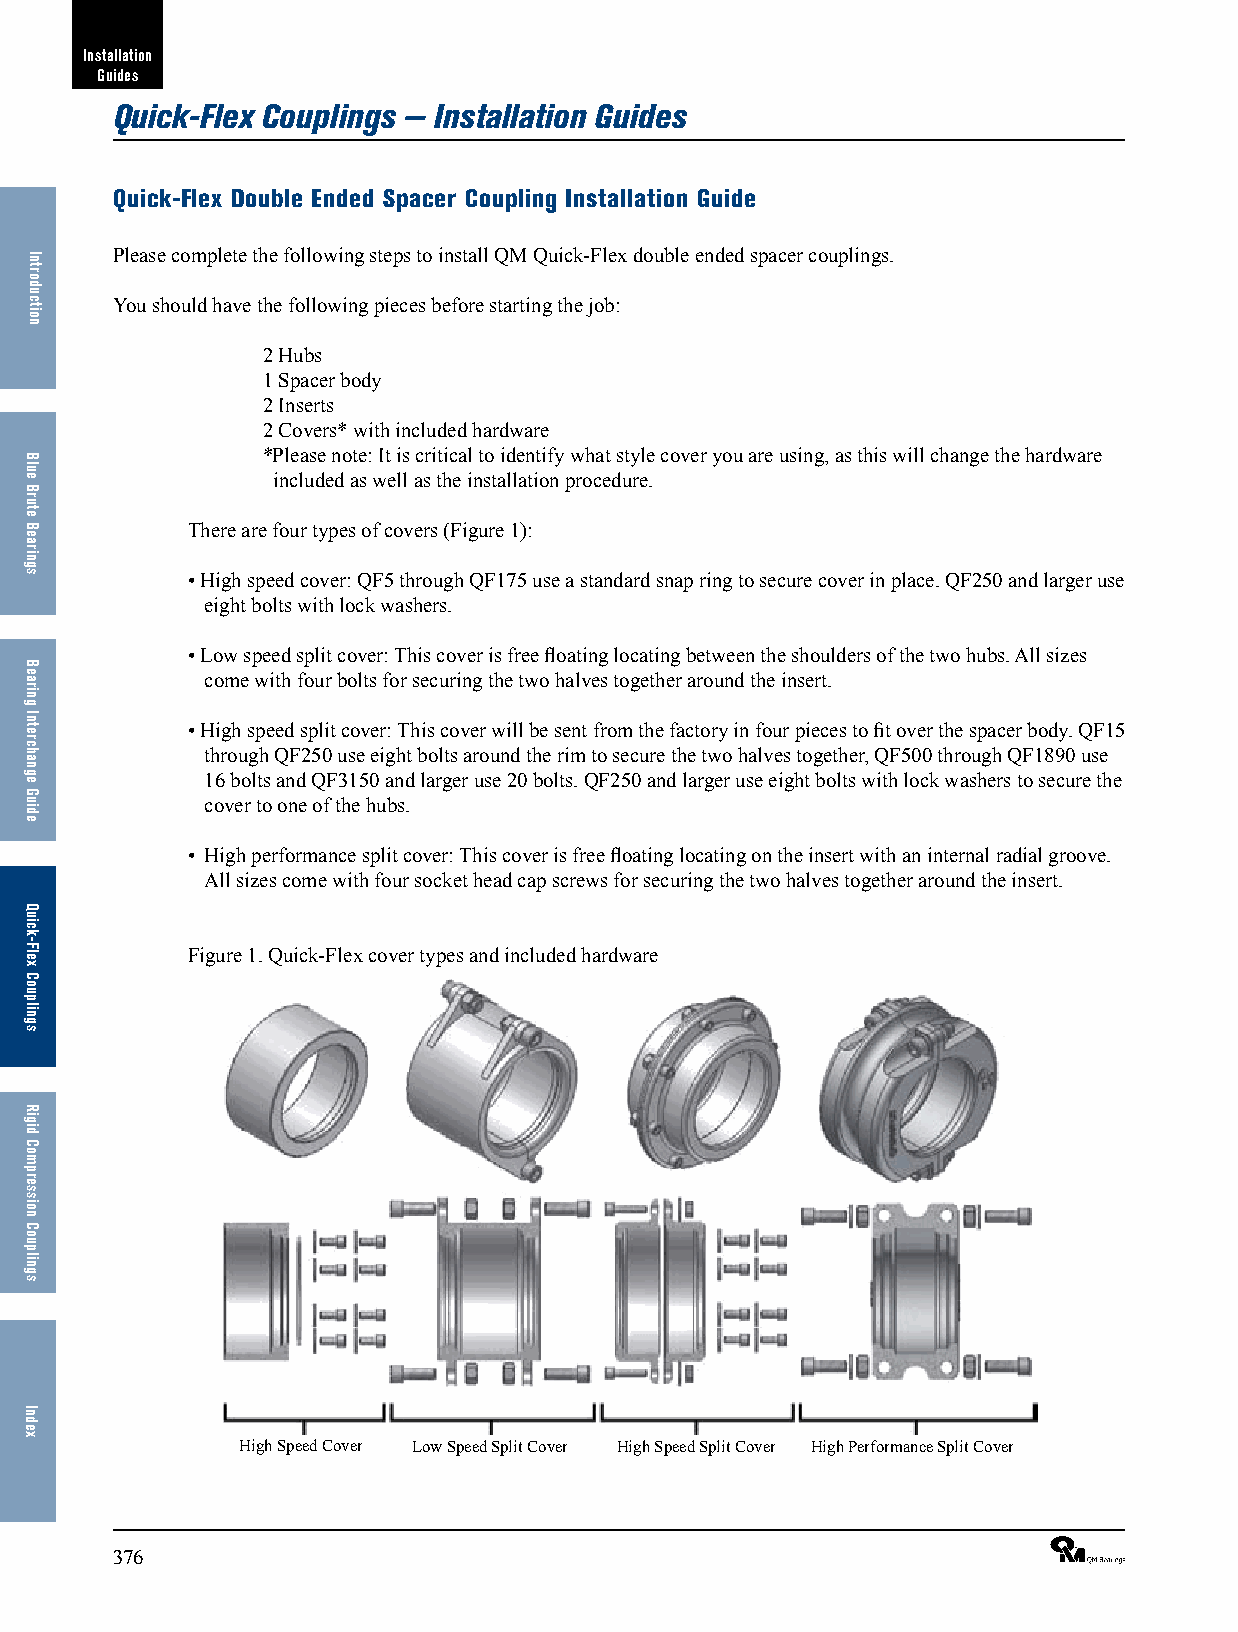
Installation
 Guides
 Quick-Flex Couplings — Installation Guides
 Quick-Flex Double Ended Spacer Coupling Installation Guide
 Please complete the following steps to install QM Quick-Flex double ended spacer couplings.
 You should have the following pieces before starting the job:
 2 Hubs
 1 Spacer body
 2 Inserts
 2 Covers* with included hardware
 *Please note: It is critical to identify what style cover you are using, as this will change the hardware
 included as well as the installation procedure.
 There are four types of covers (Figure 1):
 • High speed cover: QF5 through QF175 use a standard snap ring to secure cover in place. QF250 and larger use
 eight bolts with lock washers.
 • Low speed split cover: This cover is free floating locating between the shoulders of the two hubs. All sizes
 come with four bolts for securing the two halves together around the insert.
 • High speed split cover: This cover will be sent from the factory in four pieces to fit over the spacer body. QF15
 through QF250 use eight bolts around the rim to secure the two halves together, QF500 through QF1890 use
 16 bolts and QF3150 and larger use 20 bolts. QF250 and larger use eight bolts with lock washers to secure the
 cover to one of the hubs.
 • High performance split cover: This cover is free floating locating on the insert with an internal radial groove.
 All sizes come with four socket head cap screws for securing the two halves together around the insert.
 Figure 1. Quick-Flex cover types and included hardware
 High Speed Cover Low Speed Split Cover High Speed Split Cover High Performance Split Cover
 376                                                             ®
 Introduction
 Blue
 Brute
 Bearings
 Bearing
 Interchange
 Guide
 Quick-Flex
 Couplings
 Rigid
 Compression
 Couplings
 Index